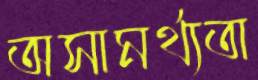
অসামর্থ্যতা